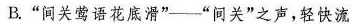
B.”间关莺语花底滑”-”间关”之声，轻快流